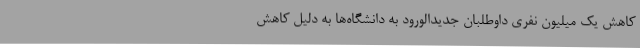
کاهش یک میلیون نفری داوطلبان جدیدالورود به دانشگاه‌ها به دلیل کاهش